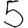
Digit: 5